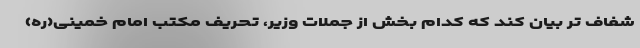
شفاف تر بیان کند که کدام بخش از جملات وزیر، تحریف مکتب امام خمینی(ره)